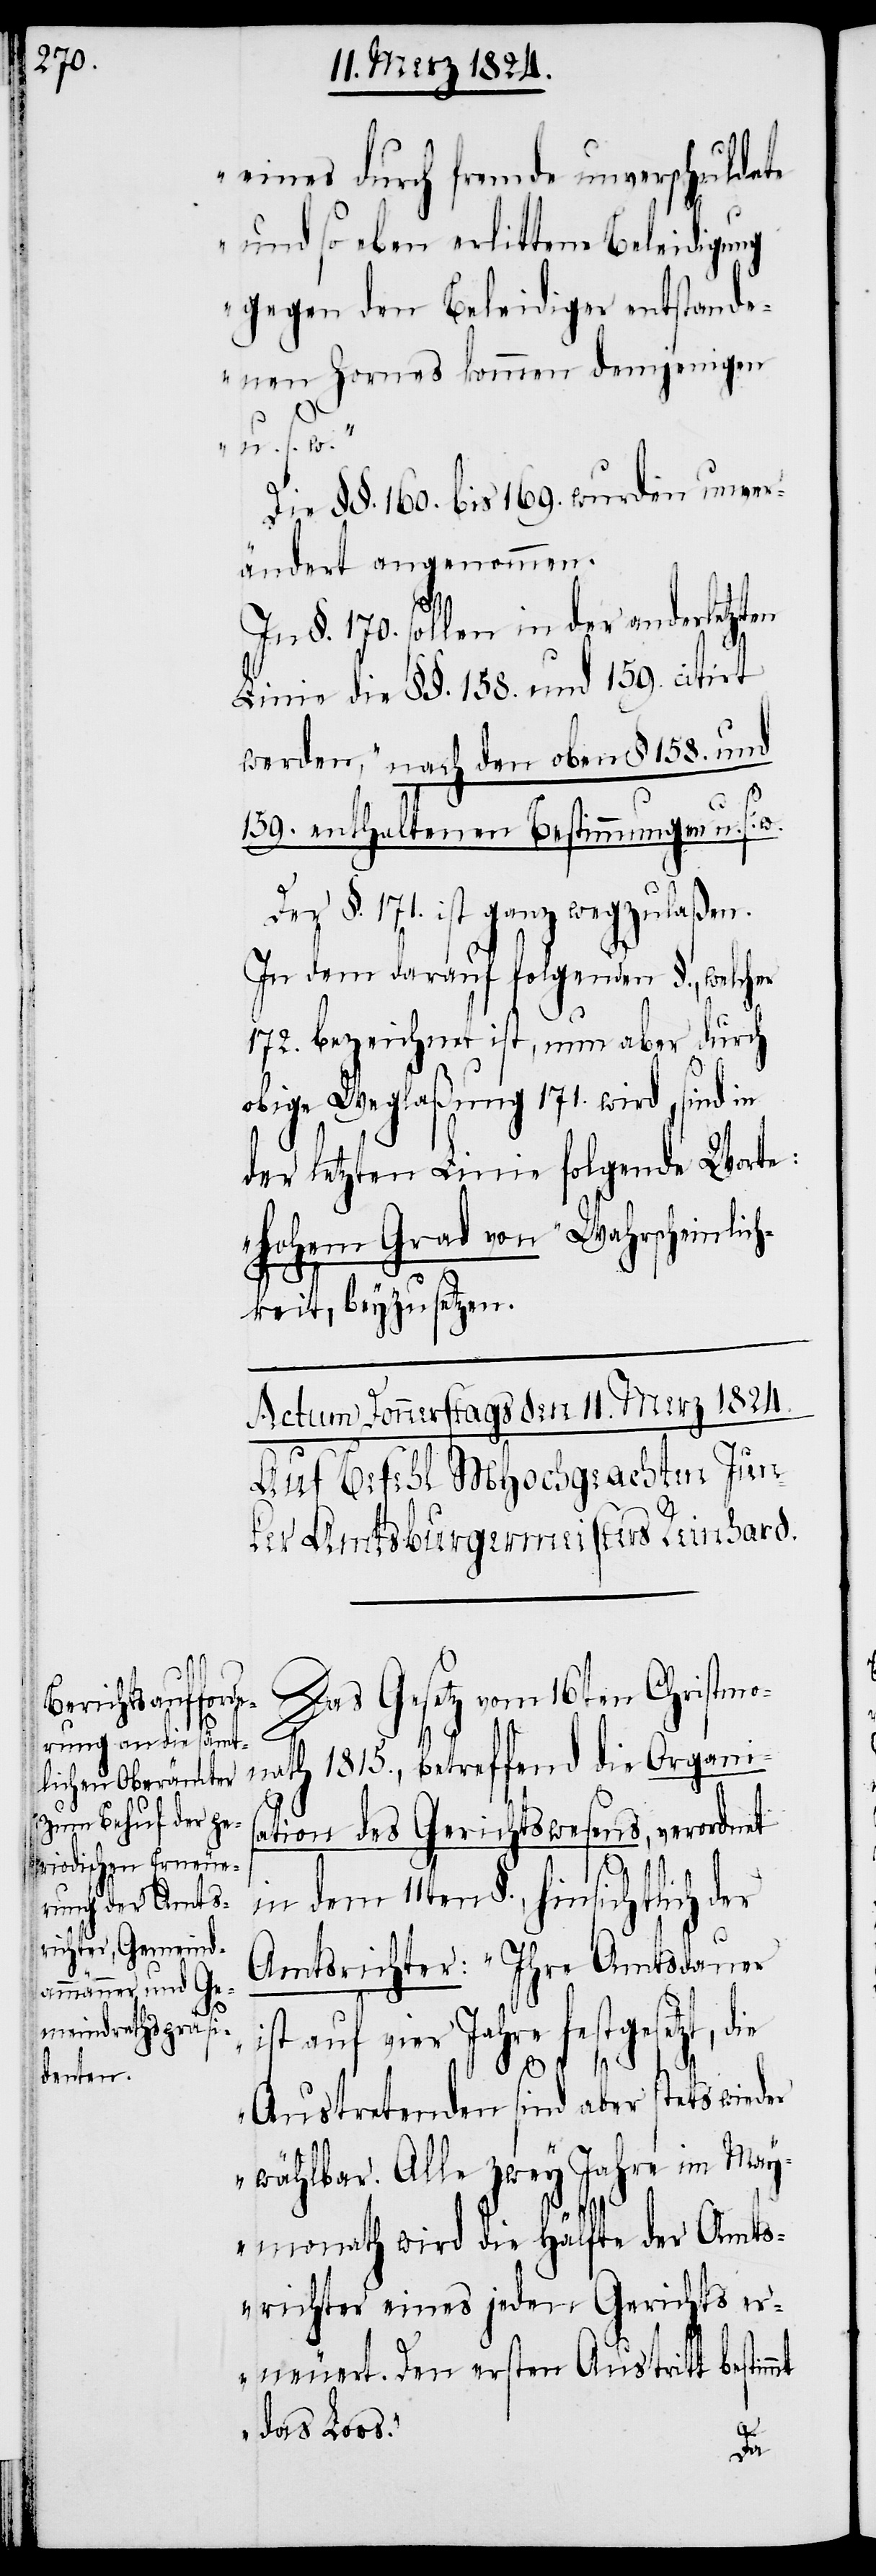
eines durch fremde unverschuldete
und so eben erlittene Beleidigung
gegen den Beleidiger entstande¬
nen Zornes kommen demjenigen
u. s. w.“
Die §§. 160. bis 169. wurden unver¬
ändert angenommen.
§. 170. sollen in der anderletzten
Linie die §§. 158. und 159. citirt
werden, „nach den oben §. 158. und
s.
159. enthaltenen Bestimmungen u.
§. 171. ist ganz wegzulaßen.
In dem darauf folgenden §., welcher
172. bezeichnet ist, nun aber durch
obige Weglaßung 171. wird, sind in
der letzten Linie folgende Worte:
„hohem Grad von“ Wahrscheinlich¬
ganis¬
keit, beyzusetzen.
Actum Donnerstags den 11. Merz 1824.
Auf Befehl MHochgeachten Junk¬
er Amtsburgermeister Reinhard.
Das Gesetz vom 16ten Christm¬
ation des Gerichtswesens, verordnet
in dem 11ten §., hinsichtlich der
Amtsrichter: „Ihre Amtsdauer
ist auf vier Jahre festgesetzt, die
1815.,
Austretenden sind aber stets wieder
wählbar. Alle zwey Jahre im May¬
monath wird die Hälfte der Amts¬
richter eines jeden Gerichts er¬
neuert. Den ersten Austritt bestimmt
das Loos.“
Der